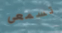
تسمعى